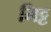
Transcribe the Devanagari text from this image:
मिट्ट